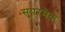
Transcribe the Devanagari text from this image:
सुपरमैक